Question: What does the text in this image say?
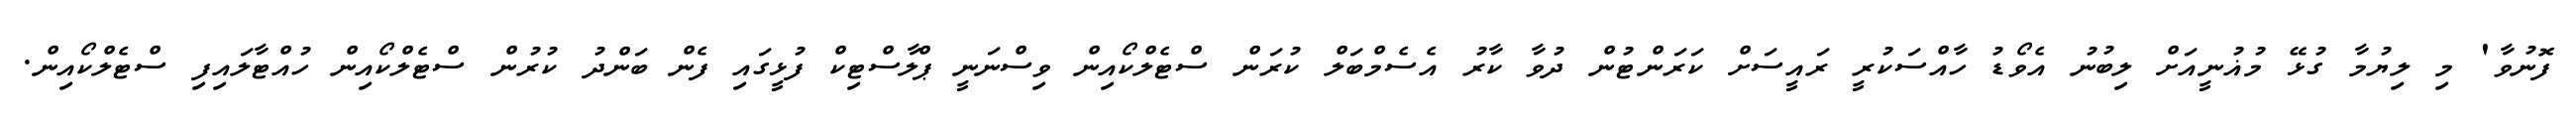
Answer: ފޮނުވާ' މި ލިޔުމާ ގުޅޭ މުޣުނީއަށް ލިބުނު އެވޯޑު ހާއްސަކުރީ ރައީސަށް ކަރަންޓުން ދުވާ ކާރު އެސެމްބަލް ކުރަން ސްޓެލްކޯއިން ވިސްނަނީ ޕްލާސްޓިކް ފުޅީގައި ފެން ބަންދު ކުރުން ސްޓެލްކޯއިން ހުއްޓާލައިފި ސްޓެލްކޯއިން.